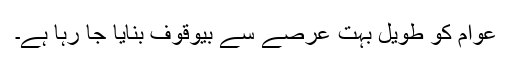
عوام کو طویل بہت عرصے سے بیوقوف بنایا جا رہا ہے۔